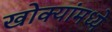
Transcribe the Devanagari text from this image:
खोक्यांमध्ये